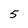
Character: 5